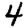
Digit: 4